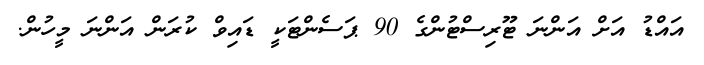
އައްޑު އަށް އަންނަ ޓޫރިސްޓުންގެ 90 ޕަސެންޓަކީ ޑައިވް ކުރަން އަންނަ މީހުން.